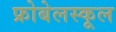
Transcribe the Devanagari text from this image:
फ्रोबेलस्कूल